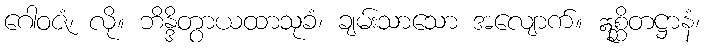
ဂေါဝဇံ၊ လို။ ဘိန္ဒိတွာယထာသုခံ၊ ချမ်းသာသော အလျောက်။ ဣစ္ဆိတဋ္ဌာနံ၊